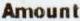
AMOUNT